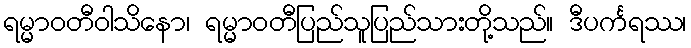
ရမ္မာဝတီဝါသိနော၊ ရမ္မာဝတီပြည်သူပြည်သားတို့သည်။ ဒီပင်္ကရဿ၊